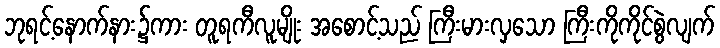
ဘုရင့်နောက်နား၌ကား တူရကီလူမျိုး အစောင့်သည် ကြီးမားလှသော ကြီးကိုကိုင်စွဲလျက်